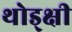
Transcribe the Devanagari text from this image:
थोड्क्षी